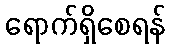
ရောက်ရှိစေရန်